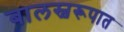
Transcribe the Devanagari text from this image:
बालस्वरूपात